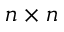
n \times n